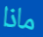
ماذا